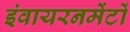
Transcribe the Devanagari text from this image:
इंवायरनमेंटों